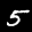
Label: 5